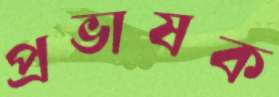
প্রভাষক